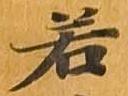
若